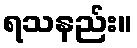
ရသနည်း။